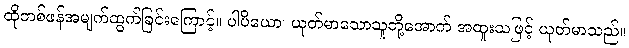
ထိုတစ်ဖန်အမျက်ထွက်ခြင်းကြောင့်။ ပါပိယော၊ ယုတ်မာသောသူတို့အောက် အထူးသဖြင့် ယုတ်မာသည်။